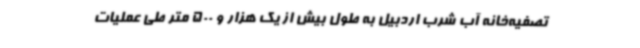
تصفیه‌خانه آب شرب اردبیل به طول بیش از یک هزار و 500 متر طی عملیات